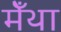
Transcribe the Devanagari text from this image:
मेँथा